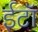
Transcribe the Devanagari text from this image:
ईटॉ